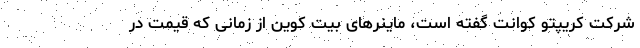
شرکت کریپتو کوانت گفته است، ماینر‌های بیت کوین از زمانی که قیمت در